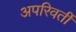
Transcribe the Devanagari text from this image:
अपरिवर्तीं